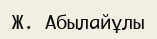
Ж. Абылайұлы